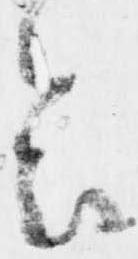
会